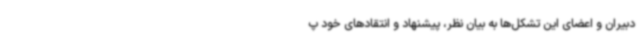
دبیران و اعضای این تشکل‌ها به بیان نظر، پیشنهاد و انتقادهای خود پ